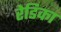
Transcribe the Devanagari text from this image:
रेडिका